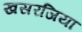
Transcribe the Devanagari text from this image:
खसरजिया